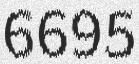
6695